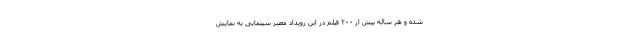
شده و هر ساله بیش از ۲۰۰ فیلم در این رویداد معتبر سینمایی به نمایش